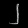
Digit: ၂